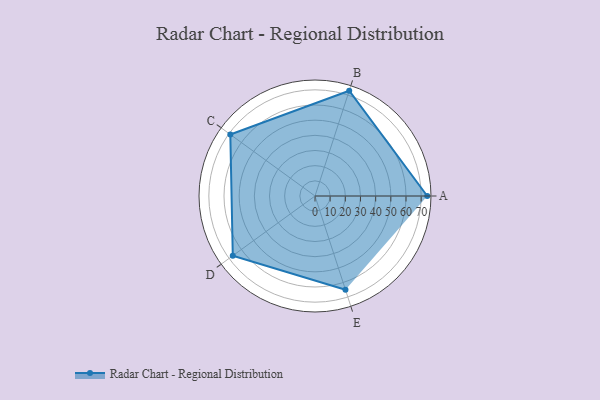
{"axis": {"x": "Skill", "y": "Score"}, "legend": ["Profile"], "data": [{"x": "A", "y": 74.0, "type": "Profile"}, {"x": "B", "y": 73.0, "type": "Profile"}, {"x": "C", "y": 69.0, "type": "Profile"}, {"x": "D", "y": 67.0, "type": "Profile"}, {"x": "E", "y": 65.0, "type": "Profile"}]}